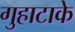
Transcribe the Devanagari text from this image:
गुहाटाके